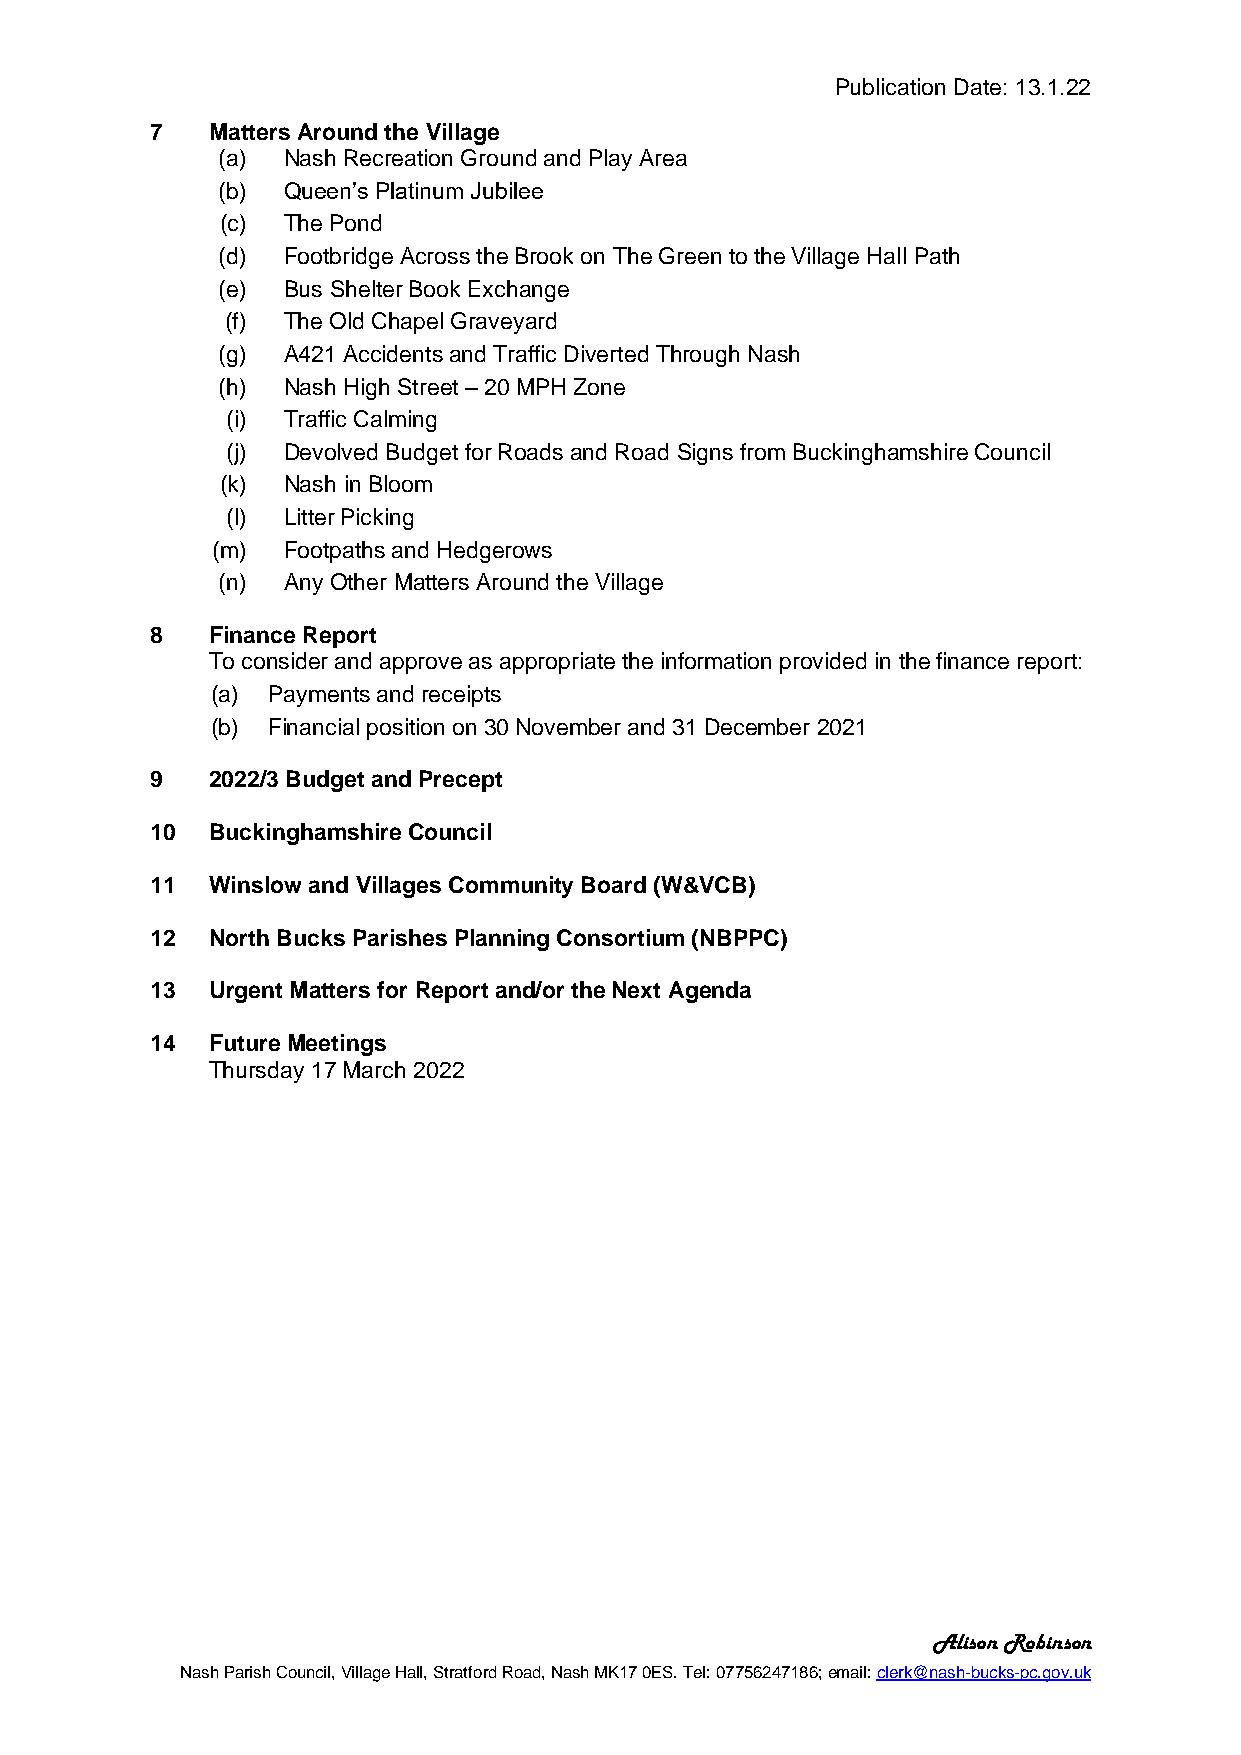
Publication Date: 13.1.22
 7   Matters Around the Village
 (a)  Nash Recreation Ground and Play Area
 (b)  Queen’s Platinum Jubilee
 (c) The Pond
 (d)  Footbridge Across the Brook on The Green to the Village Hall Path
 (e)  Bus Shelter Book Exchange
 (f) The Old Chapel Graveyard
 (g)  A421 Accidents and Traffic Diverted Through Nash
 (h)  Nash High Street – 20 MPH Zone
 (i) Traffic Calming
 (j) Devolved Budget for Roads and Road Signs from Buckinghamshire Council
 (k) Nash in Bloom
 (l) Litter Picking
 (m)  Footpaths and Hedgerows
 (n)  Any Other Matters Around the Village
 8   Finance Report
 To consider and approve as appropriate the information provided in the finance report:
 (a) Payments and receipts
 (b) Financial position on 30 November and 31 December 2021
 9   2022/3 Budget and Precept
 10  Buckinghamshire Council
 11  Winslow and Villages Community Board (W&VCB)
 12  North Bucks Parishes Planning Consortium (NBPPC)
 13  Urgent Matters for Report and/or the Next Agenda
 14  Future Meetings
 Thursday 17 March 2022
 Alison Robinson
 Nash Parish Council, Village Hall, Stratford Road, Nash MK17 0ES. Tel: 07756247186; email: clerk@nash-bucks-pc.gov.uk